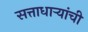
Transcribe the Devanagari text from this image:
सत्ताधार्‍यांची